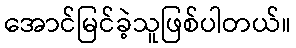
အောင်မြင်ခဲ့သူဖြစ်ပါတယ်။